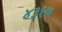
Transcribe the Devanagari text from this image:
४३१७